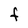
Character: F